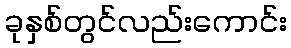
ခုနှစ်တွင်လည်းကောင်း